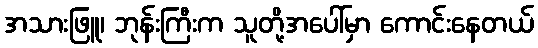
အသားဖြူ၊ ဘုန်းကြီးက သူတို့အပေါ်မှာ ကောင်းနေတယ်